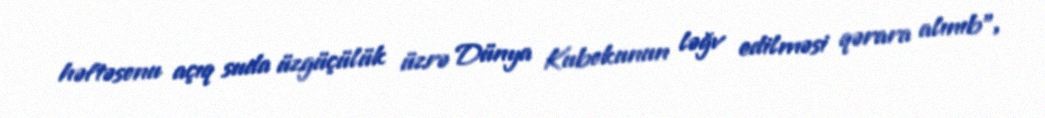
həftəsonu açıq suda üzgüçülük üzrə Dünya Kubokunun ləğv edilməsi qərara alınıb”,